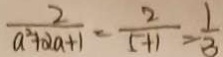
\frac { 2 } { a ^ { 2 } + \alpha a + 1 } = \frac { 2 } { 5 + 1 } = \frac { 1 } { 3 }